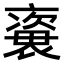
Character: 𧜍